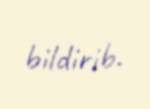
bildirib.